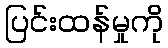
ပြင်းထန်မှုကို